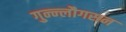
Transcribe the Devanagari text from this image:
गुन्न्लौगसन